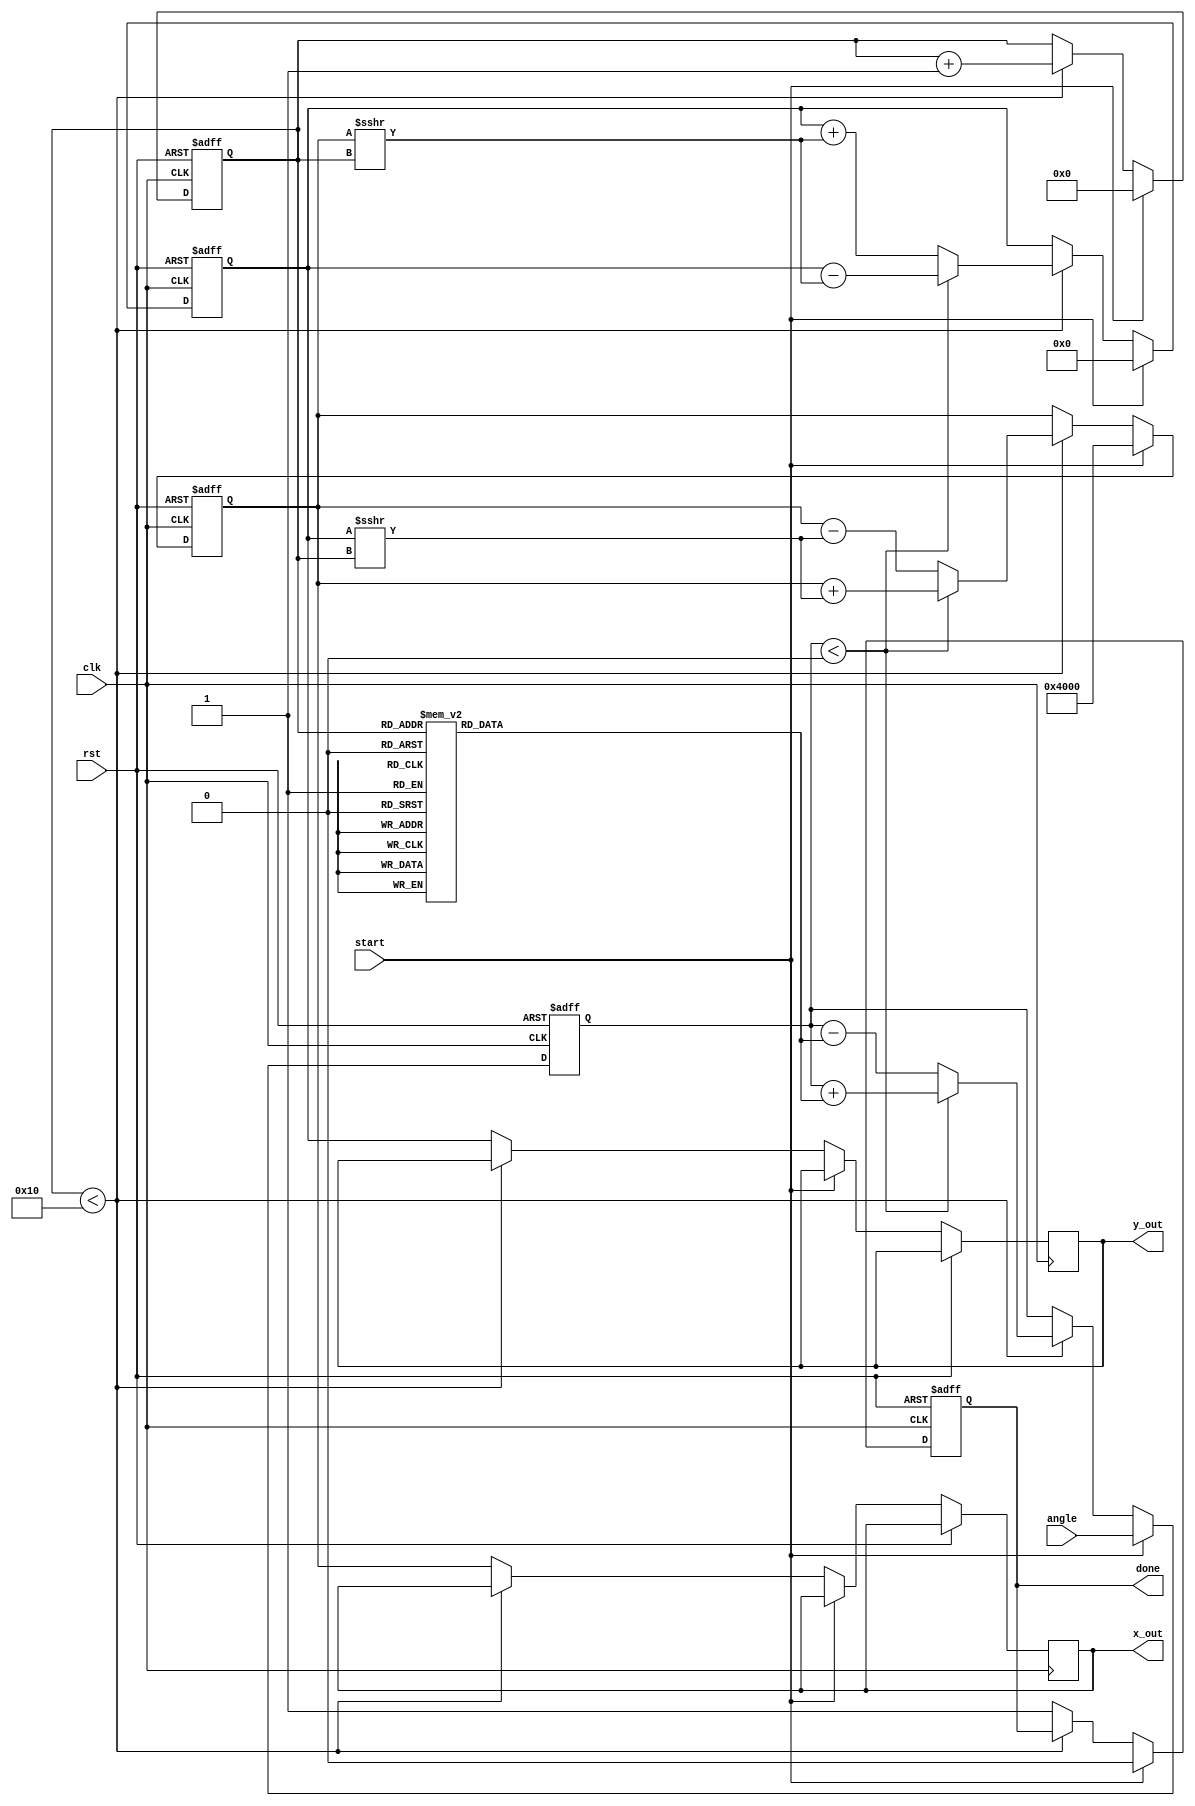
module fixed_point_cordic #(
    parameter WIDTH = 16,       // Width of fixed-point representation
    parameter N = 16            // Number of iterations
)(
    input wire clk,             // Clock signal
    input wire rst,             // Reset signal
    input wire [WIDTH-1:0] angle, // Input angle (in fixed-point)
    input wire start,           // Start signal for computation
    output reg [WIDTH-1:0] x_out, // Output x coordinate
    output reg [WIDTH-1:0] y_out, // Output y coordinate
    output reg done             // Done signal
);

    // CORDIC constants (atan(2^-i) for i = 0, 1, ..., N-1)
    reg [WIDTH-1:0] atan_table [0:N-1];
    initial begin
        atan_table[0] = 16'h2000; // atan(1) = pi/4 in fixed-point
        atan_table[1] = 16'h199A; // atan(0.5) = pi/8 in fixed-point
        atan_table[2] = 16'h1333; // atan(0.25) = pi/16 in fixed-point
        // Fill in the rest of the atan values...
        // Example: atan_table[3] = 16'h0C90; // atan(0.125) = pi/32 in fixed-point
        // Continue filling for all N iterations...
    end

    // Internal registers
    reg [WIDTH-1:0] x, y;
    reg [WIDTH-1:0] angle_reg;
    reg [3:0] iteration; // Iteration counter

    // Control logic
    always @(posedge clk or posedge rst) begin
        if (rst) begin
            x <= 16'h0000; // Initialize x
            y <= 16'h0000; // Initialize y
            angle_reg <= 16'h0000; // Initialize angle
            iteration <= 0; // Reset iteration counter
            done <= 0; // Reset done signal
        end else if (start) begin
            // Initialize x and y based on input
            x <= 16'h4000; // Initial x = 1.0 in fixed-point
            y <= 16'h0000; // Initial y = 0.0 in fixed-point
            angle_reg <= angle; // Load input angle
            iteration <= 0; // Start iterations
            done <= 0; // Clear done signal
        end else if (iteration < N) begin
            // CORDIC iteration logic
            if (angle_reg < 0) begin
                // Rotate clockwise
                x <= x + (y >>> iteration);
                y <= y - (x >>> iteration);
                angle_reg <= angle_reg + atan_table[iteration];
            end else begin
                // Rotate counter-clockwise
                x <= x - (y >>> iteration);
                y <= y + (x >>> iteration);
                angle_reg <= angle_reg - atan_table[iteration];
            end
            iteration <= iteration + 1; // Increment iteration counter
        end else begin
            // All iterations complete
            done <= 1; // Set done signal
            x_out <= x; // Output final x
            y_out <= y; // Output final y
        end
    end

endmodule